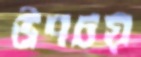
উপচয়